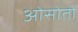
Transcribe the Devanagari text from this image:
ओसोतो